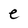
Character: e